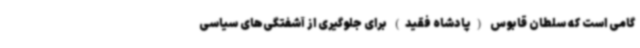
گامی است که سلطان قابوس (پادشاه فقید) برای جلوگیری از آشفتگی‌های سیاسی